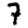
Digit: 7